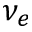
\nu _ { e }